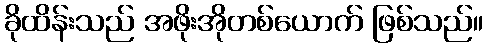
ခိုထိန်းသည် အဖိုးအိုတစ်ယောက် ဖြစ်သည်။